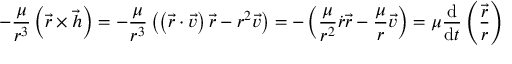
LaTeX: - { \frac { \mu } { r ^ { 3 } } } \left( { \vec { r } } \times { \vec { h } } \right) = - { \frac { \mu } { r ^ { 3 } } } \left( \left( { \vec { r } } \cdot { \vec { v } } \right) { \vec { r } } - r ^ { 2 } { \vec { v } } \right) = - \left( { \frac { \mu } { r ^ { 2 } } } { \dot { r } } { \vec { r } } - { \frac { \mu } { r } } { \vec { v } } \right) = \mu { \frac { \mathrm { d } } { \mathrm { d } t } } \left( { \frac { \vec { r } } { r } } \right)